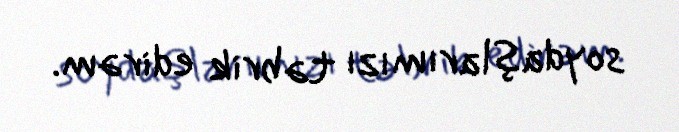
soydaşlarımızı təbrik edirəm.